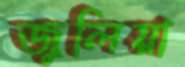
জুলিয়া